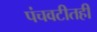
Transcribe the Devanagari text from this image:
पंचवटीतही